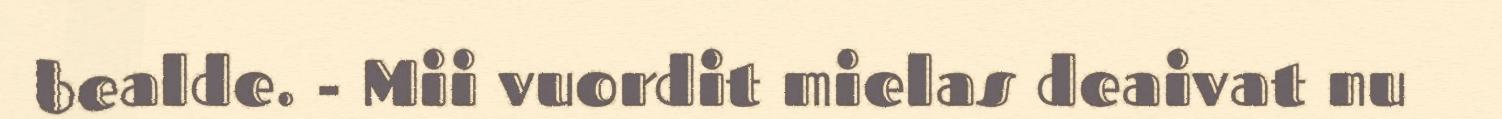
bealde. - Mii vuordit mielas deaivat nu